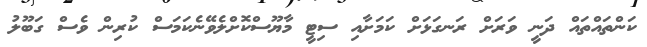
ކަންތައްތައް ދަނީ ވަރަށް ރަނގަޅަށް ކަމަށާއި ސިޓީ މާޔޫސްކޮށްލެވޭނެކަމަސް ކުރިން ވެސް ގަބޫލު